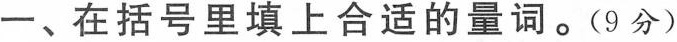
一、 在括号里填上合适的量词。(9分)